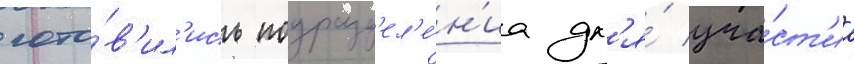
гото́в'ил'ись подразд'ел'е́н'иа дл'я́ уча́ст'иа